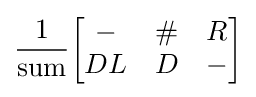
{\frac {1}{\text{sum}}}{\begin{bmatrix}-&\#&R\\DL&D&-\end{bmatrix}}